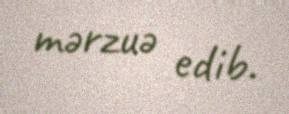
mərzuə edib.